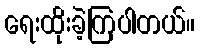
ရေးထိုးခဲ့ကြပါတယ်။